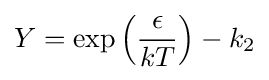
Y=\exp \left({\frac {\epsilon }{kT}}\right)-k_{2}